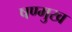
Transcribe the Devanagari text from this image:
षण्मुख